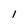
Character: l